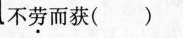
不劳而获（ ）